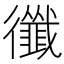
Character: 𢖝